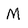
Character: M